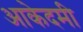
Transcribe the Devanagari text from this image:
आकेदमी